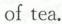
of tea.